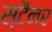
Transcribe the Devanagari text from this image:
स्टैनर